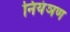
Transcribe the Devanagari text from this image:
नियंञण